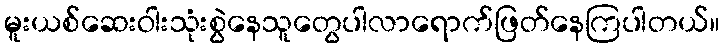
မူးယစ်ဆေးဝါးသုံးစွဲနေသူတွေပါလာရောက်ဖြတ်နေကြပါတယ်။